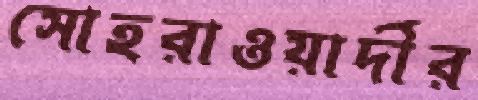
সোহরাওয়ার্দীর